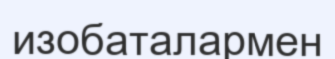
изобаталармен